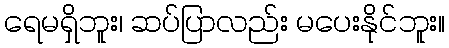
ရေမရှိဘူး၊ ဆပ်ပြာလည်း မပေးနိုင်ဘူး။